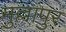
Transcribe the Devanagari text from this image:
मुल्लांपुर